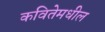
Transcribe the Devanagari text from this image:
कवितेमधील